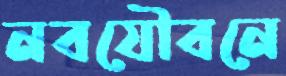
নবযৌবনে